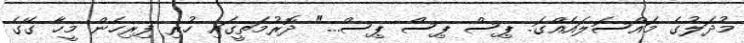
މުދަލުގެ މައްސަލައެއްގަ. ޕިސް ޕިސް ޕިސް..." ދޮރުމަތީގައި ހުރި ފިރިހެން މީހާ ގޭގެ